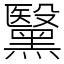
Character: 黳